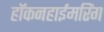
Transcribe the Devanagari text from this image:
हॉकनहाईमरिंग